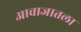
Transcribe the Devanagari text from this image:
आवाजातला